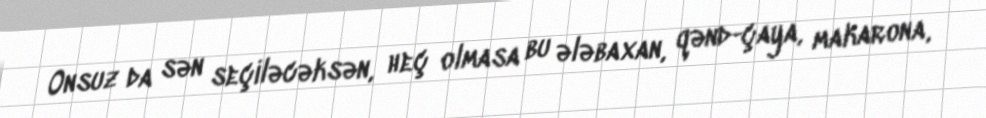
Onsuz da sən seçiləcəksən, heç olmasa bu ələbaxan, qənd-çaya, makarona,